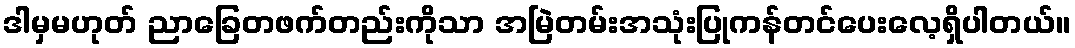
ဒါမှမဟုတ် ညာခြေတဖက်တည်းကိုသာ အမြဲတမ်းအသုံးပြုကန်တင်ပေးလေ့ရှိပါတယ်။